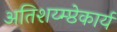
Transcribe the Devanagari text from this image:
अतिशय्म्प्ठेकार्य